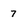
Character: 7